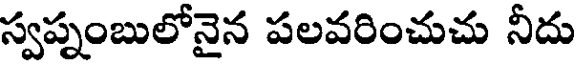
స్వప్నంబులోనైన పలవరించుచు నీదు